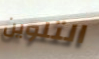
التلوين